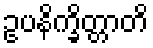
ဥပနိက္ခိတ္တာတိ